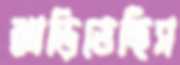
ঝাড়িতেছিস